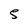
Character: S